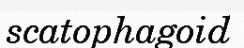
scatophagoid